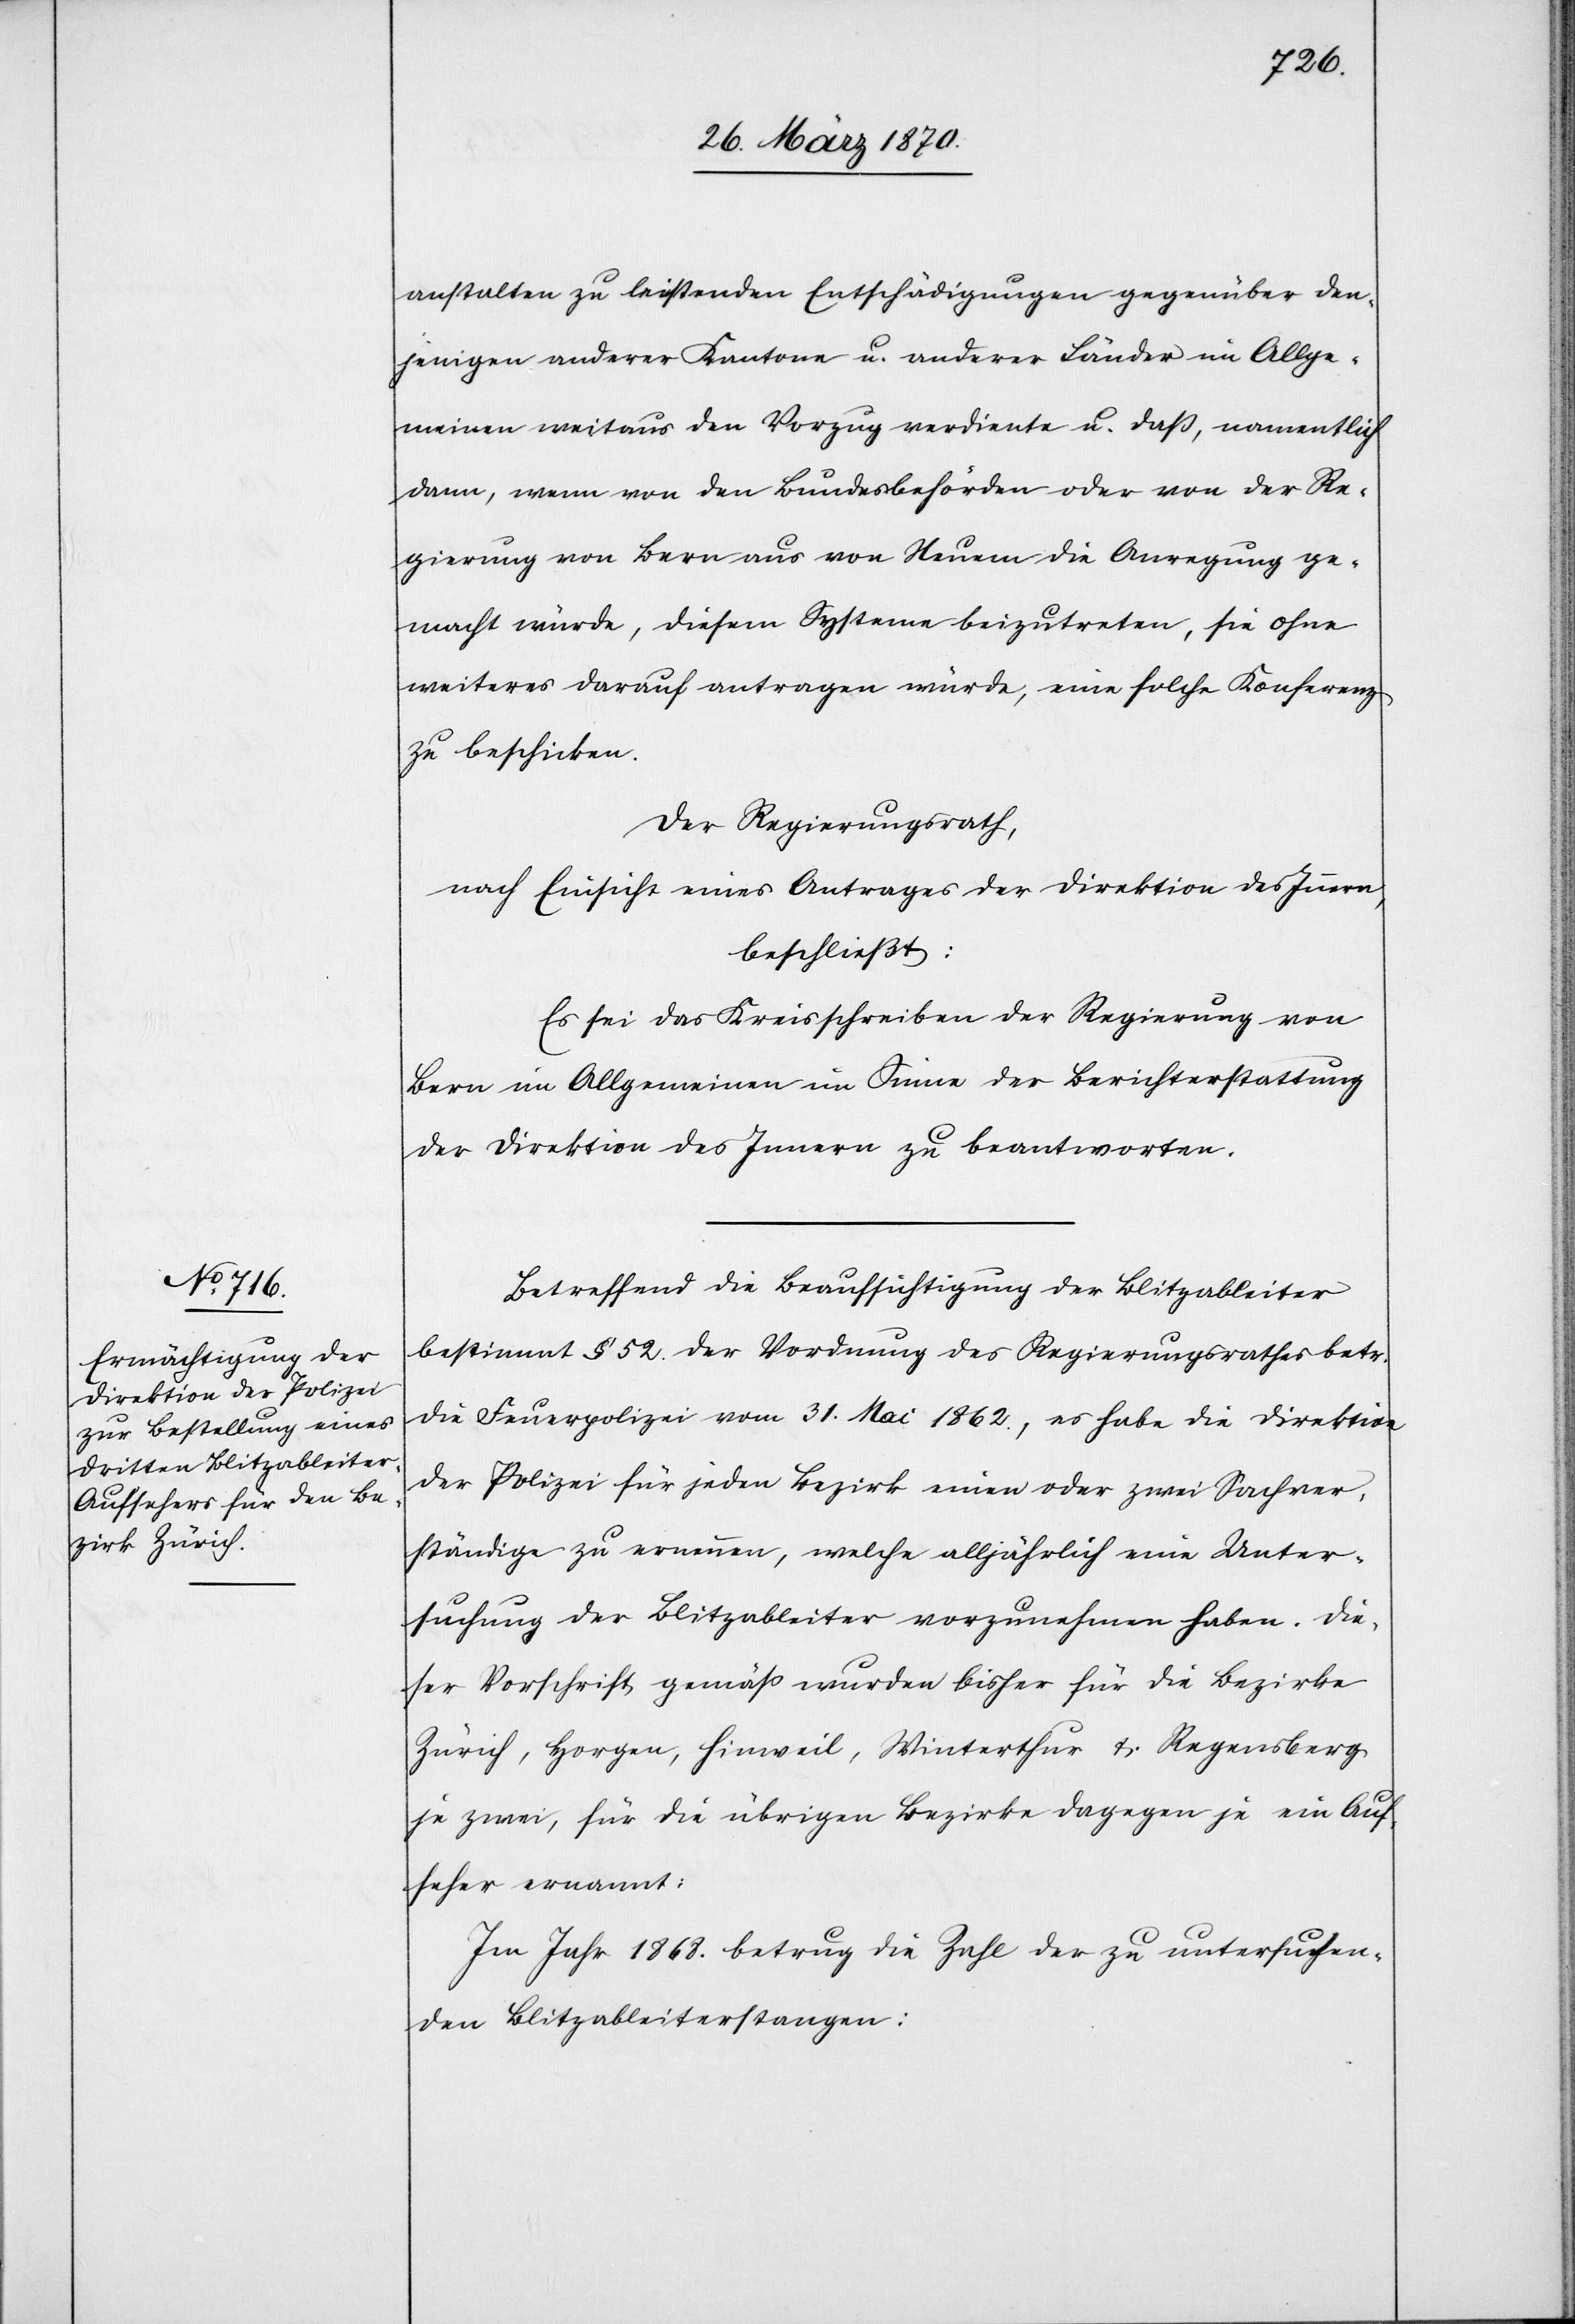
anstalten zu leistenden Entschädigungen gegenüber den¬
jenigen anderer Kantone u. anderer Länder im Allge¬
meinen weitaus den Vorzug verdiente u. daß, namentlich
dann, wenn von den Bundesbehörden oder von der Re¬
gierung von Bern aus von Neuem die Anregung ge¬
macht würde, diesem Systeme beizutreten, sie ohne
weiteres darauf antragen würde, eine solche Konferenz
zu beschicken.
Der Regierungsrath,
nach Einsicht eines Antrages der Direktion des Innern
beschließt:
Es sei das Kreisschreiben der Regierung von
Bern im Allgemeinen im Sinne der Berichterstattung
der Direktion des Innern zu beantworten.
Betreffend die Beaufsichtigung der Blitzableiter
bestimmt § 52. der Vordnung [recte: Verordnung] des Regierungsrathes betr.
die Feuerpolizei vom 31. Mai 1862., es habe die Direktion
der Polizei für jeden Bezirk einen oder zwei Sachver¬
ständige zu ernennen, welche alljährlich eine Unter¬
suchung der Blitzableiter vorzunehmen haben. Die¬
ser Vorschrift gemäß wurden bisher für die Bezirke
Zürich, Horgen, Hinweil, Winterthur & Regensberg
je zwei, für die übrigen Bezirke dagegen je ein Auf¬
seher ernannt.
Im Jahr 1868. betrug die Zahl der zu untersuchen¬
den Blitzableiterstangen: